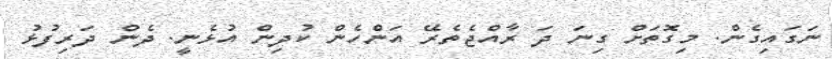
ނަގައިގެން. މިގޮތަށް ގިނަ ދަ ރާއްޖެތެރޭ އަންހެން ކުދިން އުޅެނީ. ދެން ދަރިފުޅު